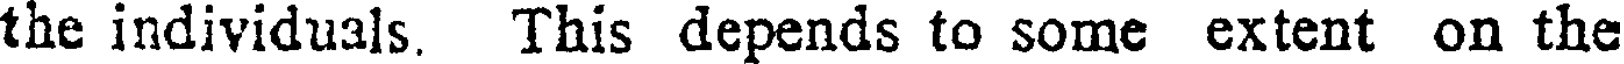
the individuals. This depends to some extent on the